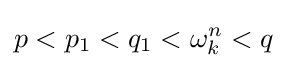
p<p_{1}<q_{1}<\omega _{k}^{n}<q